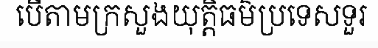
បើតាមក្រសួងយុត្តិធម៌ប្រទេសទួរ